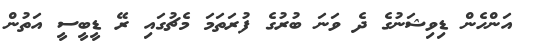
އަންހެން ޑިވިޝަނުގެ ދެ ވަނަ ބުރުގެ ފުރަތަމަ މެޗުގައި ރޭ ޑީބީސީ އަތުން